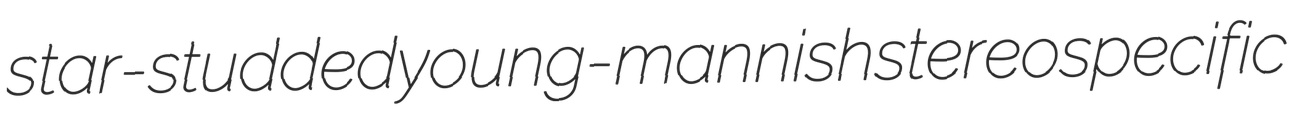
star-studded young-mannish stereospecific